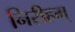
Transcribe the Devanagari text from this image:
निरीहम्